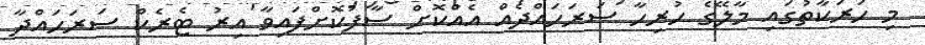
މި ހަރަކާތުގައި މާލޭގެ ހުރިހާ ސަރަހައްދެއް އެއްކޮށް ސާފުކޮށްފައިވާ އިރު ޓެރެކް ސަރަހައްދާ